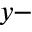
y -